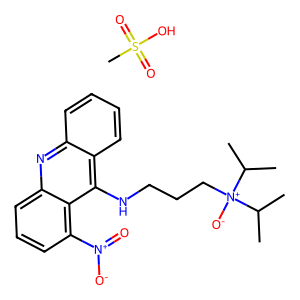
SMILES: CC(C)[N+]([O-])(CCCNc1c2ccccc2nc2cccc([N+](=O)[O-])c12)C(C)C.CS(=O)(=O)O
Inhibits HIV replication: No